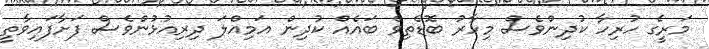
މަރީގެ ހުރިހާ ކުދިންވެސް މިހާރު ބޮޑެތިވެ ބައެއް ކުދިން އަމިއްލަ ދިރިއުޅުންވެސް ފަށާފައިވާތީ